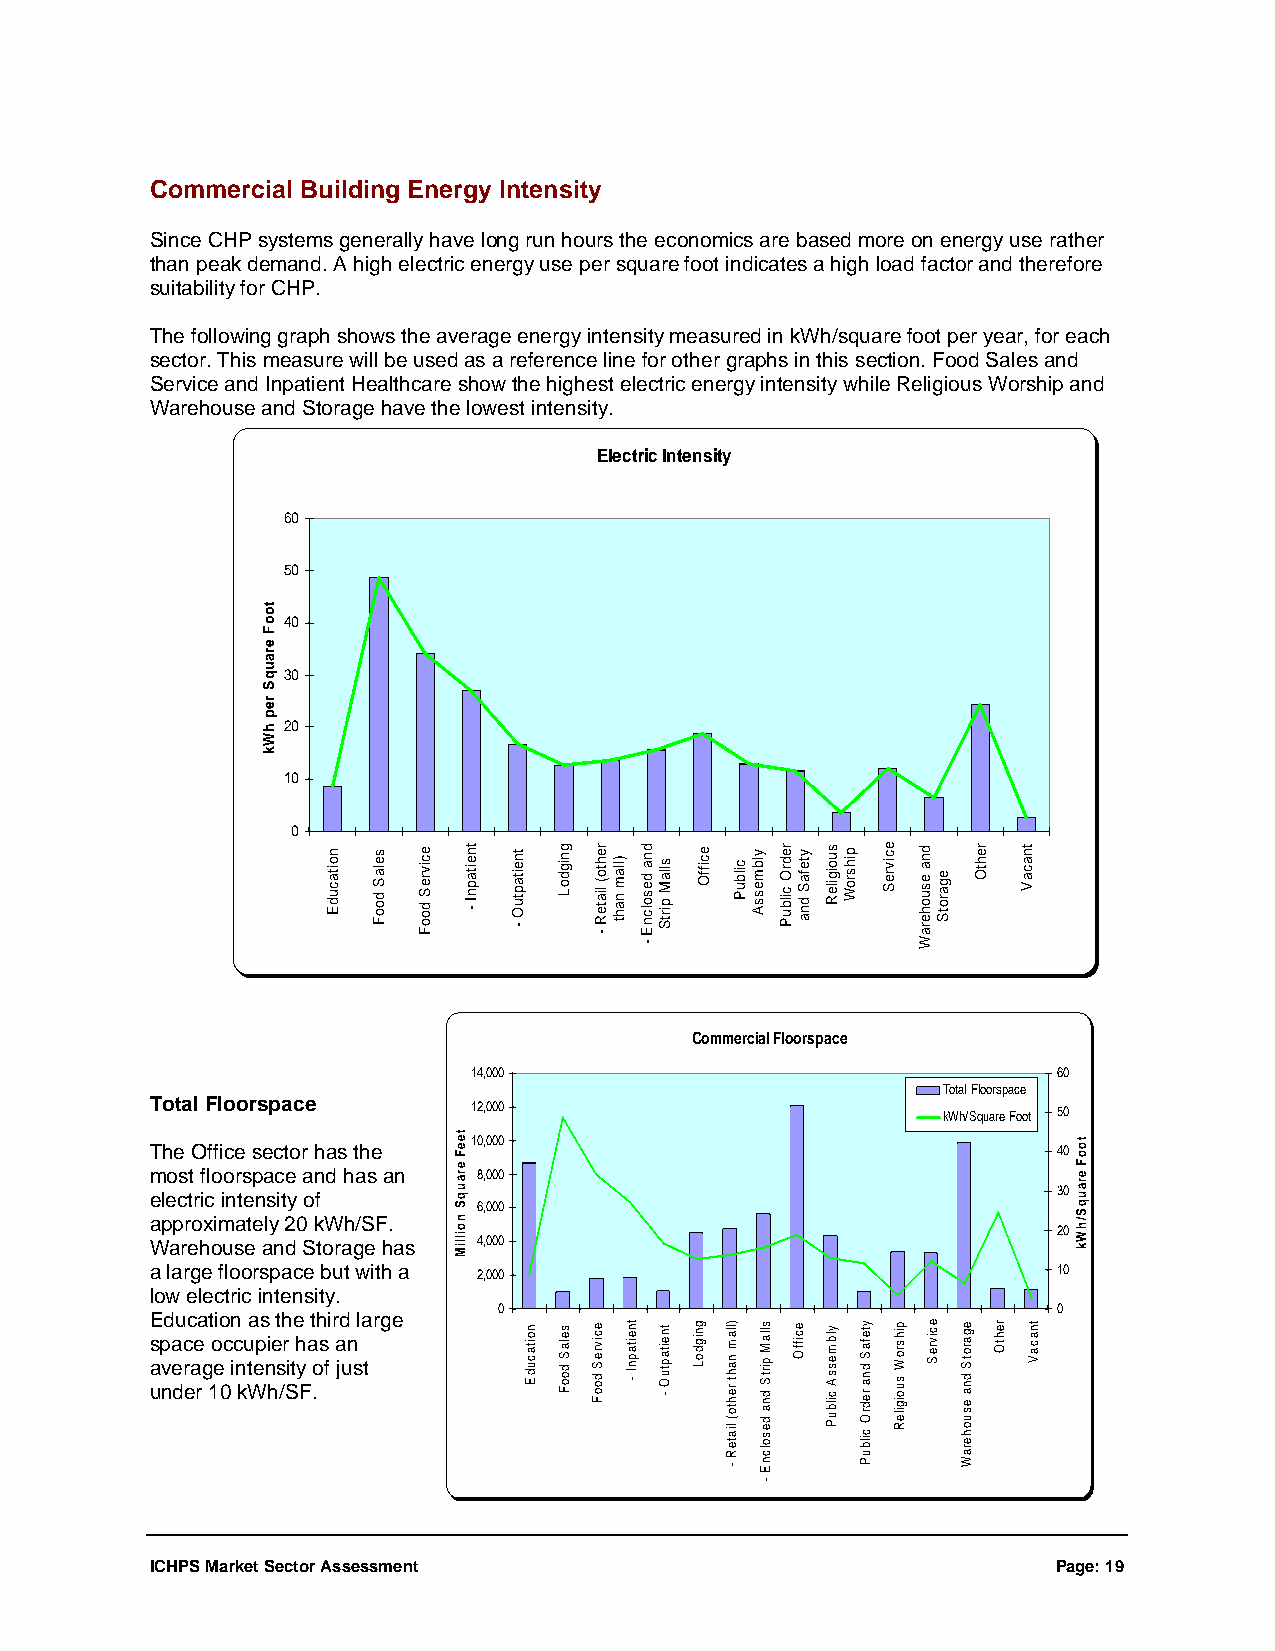
Commercial Building Energy Intensity
 Since CHP systems generally have long run hours the economics are based more on energy use rather
 than peak demand. A high electric energy use per square foot indicates a high load factor and therefore
 suitability for CHP.
 The following graph shows the average energy intensity measured in kWh/square foot per year, for each
 sector. This measure will be used as a reference line for other graphs in this section. Food Sales and
 Service and Inpatient Healthcare show the highest electric energy intensity while Religious Worship and
 Warehouse and Storage have the lowest intensity.
 Electric Intensity
 60
 50
 40
 30
 20
 10
 0
 Commercial Floorspace
 14,000                                 60
 Total Floorspace
 Total Floorspace     12,000                         kWh/Square Foot 50
 10,000
 The Office sector has the                                   40
 most floorspace and has an 8,000
 electric intensity of                                       30
 6,000
 approximately 20 kWh/SF.
 20
 Warehouse and Storage has 4,000
 a large floorspace but with a 2,000                         10
 low electric intensity.
 0                                    0
 Education as the third large
 space occupier has an
 average intensity of just
 under 10 kWh/SF.
 ICHPS Market Sector Assessment                              Page: 19
 tooF
 erauqS
 rep
 hWk
 noitacudE selaS
 dooF
 ecivreS
 dooF
 teeF
 erauqS
 noilliM
 tneitapnI
 -
 tneitaptuO
 -
 noitacudE
 gnigdoL
 selaS
 dooF
 rehto(
 liateR
 -
 ecivreS
 dooF
 )llam
 naht
 tneitapnI
 -
 dna
 desolcnE
 -
 sllaM
 pirtS
 tneitaptuO
 -
 eciffO
 gnigdoL )llam
 naht
 rehto(
 liateR
 -
 cilbuP ylbmessA
 sllaM
 pirtS
 dna
 desolcnE
 -
 redrO
 cilbuP
 ytefaS
 dna
 eciffO
 suoigileR
 ylbmessA
 cilbuP
 pihsroW
 ytefaS
 dna
 redrO
 cilbuP
 ecivreS
 pihsroW
 suoigileR
 dna
 esuoheraW
 ecivreS
 egarotS
 egarotS
 dna
 esuoheraW
 rehtO
 rehtO
 tnacaV
 tnacaV
 tooF
 erauqS/hWk